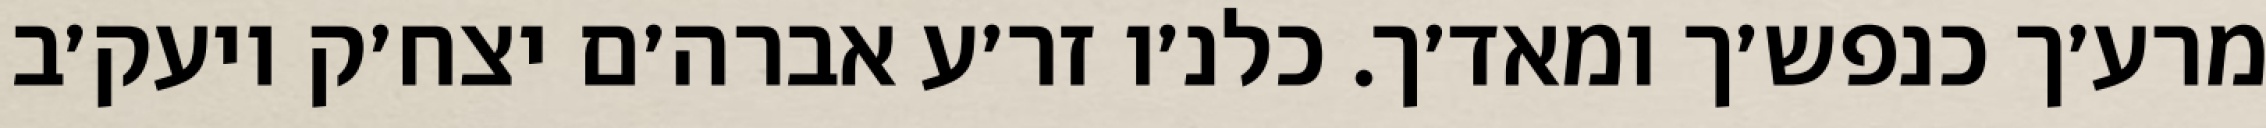
מרע׳ך כנפש׳ך ומאד׳ך. כלנ׳ו זר׳ע אברה׳ם יצח׳ק ויעק׳ב